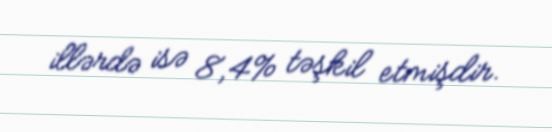
illərdə isə 8,4% təşkil etmişdir.